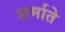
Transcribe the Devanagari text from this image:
शर्माते